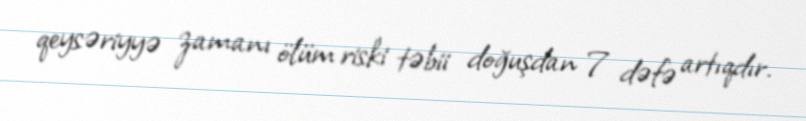
qeysəriyyə zamanı ölüm riski təbii doğuşdan 7 dəfə artıqdır.